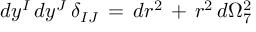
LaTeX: \, d y ^ { I } \, d y ^ { J } \, \delta _ { I J } \, = \, d r ^ { 2 } \, + \, r ^ { 2 } \, d \Omega _ { 7 } ^ { 2 }